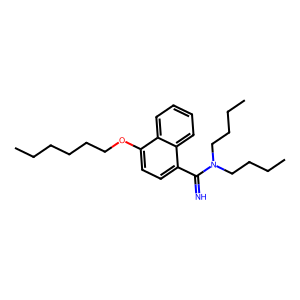
SMILES: CCCCCCOc1ccc(C(=N)N(CCCC)CCCC)c2ccccc12
Inhibits HIV replication: No